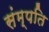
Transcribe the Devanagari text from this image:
संम्पति